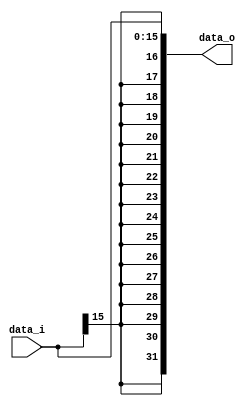
// 109550018 ???

module Sign_Extend(
    data_i,
    data_o
    );
               
//I/O ports
input   [16-1:0] data_i;
output  [32-1:0] data_o;

//Internal Signals
reg     [32-1:0] data_o;
integer i;

//Sign extended
always @(*) begin
    data_o[15:0] = data_i[15:0];
    for (i = 16; i < 32; i = i + 1)
        data_o[i] = data_i[15];
end

endmodule